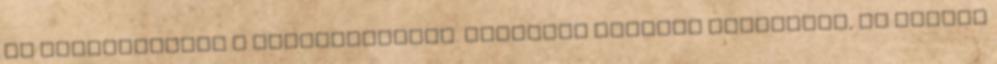
ha felkészülnek a beszélgetésre. Önmagunk eladása kezdetben, jó ízlésű